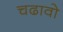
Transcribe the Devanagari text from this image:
चढावो